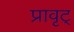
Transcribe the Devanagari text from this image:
प्रावृट्